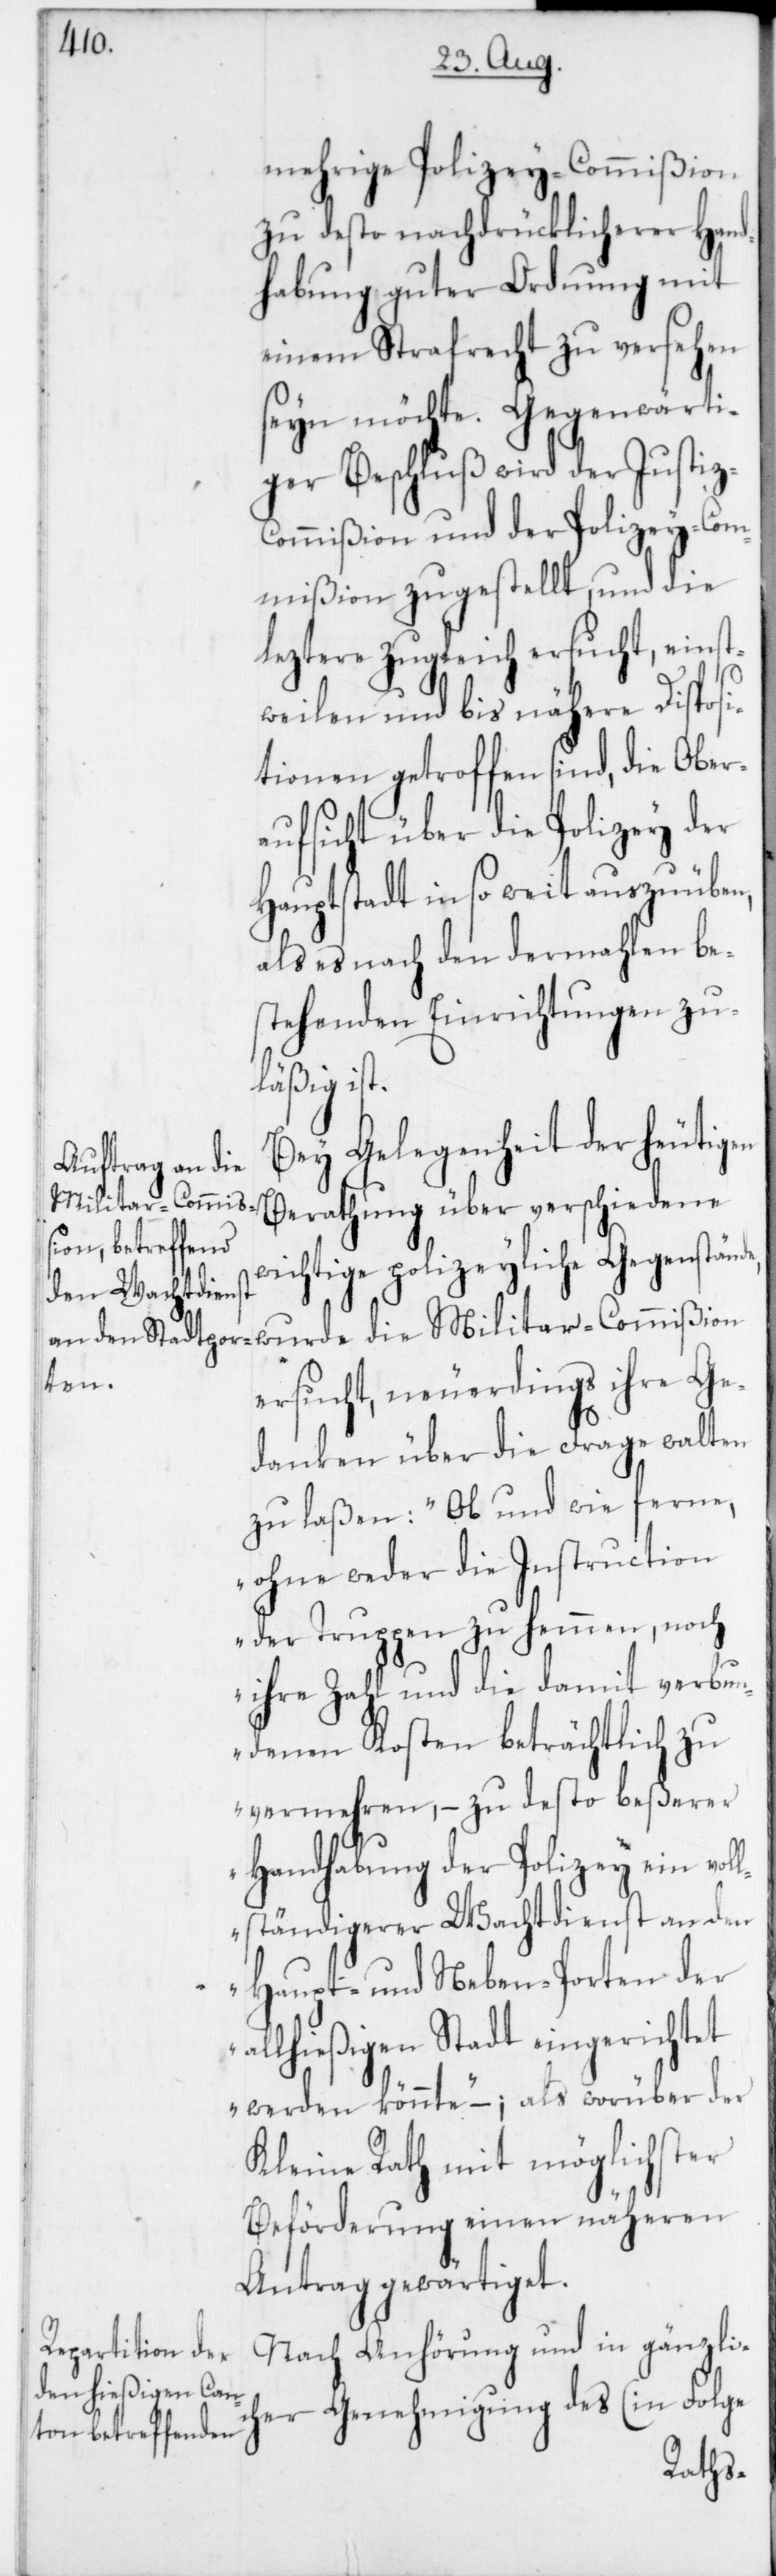
mehrige Polizey-Commißion
zu desto nachdrücklicherer Hand¬
habung guter Ordnung mit
einem Strafrecht zu versehen
ger Beschluß wird der Justi¬
ommißion und der Polizey-Com¬
mißion zugestellt, und die
leztere zugleich ersucht, einst¬
e,
weilen und bis nähere Disposi¬
tionen getroffen sind, die Ober¬
aufsicht über die Polizey der
Hauptstadt insoweit auszuüben,
als es nach den dermahlen be¬
stehenden Einrichtungen zu¬
läßig ist.
Bey Gelegenheit der heutigen
Militar-Commißion
Berathung über verschiedene
wichtige polizeyliche Gegenständ¬
ersucht, neuerdings ihre Ge¬
danken über die Frage walten
zu laßen: „Ob und wie ferne,
ohne weder die Instruction
der Truppen zu hemmen, noch
ihre Zahl und die damit verbun¬
denen Kosten beträchtlich zu
vermehren, – zu desto beßerer
Handhabung der Polizey ein vol¬
lständigerer Wachtdienst an den
Haupt- und Neben-Porten der
allhießigen Stadt eingerichtet
werden könnte“, – als worüber der
Kleine Rath mit möglichster
Beförderung einen näheren
Antrag gewärtiget.
Nach Anhörung und in gänzlic¬
her Genehmigung des (in Folge